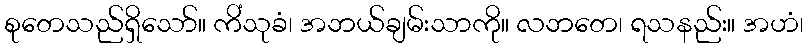
စုတေသည်ရှိသော်။ ကိံသုခံ၊ အဘယ်ချမ်းသာကို။ လဘတေ၊ ရသနည်း။ အဟံ၊